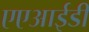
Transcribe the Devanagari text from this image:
एएआईडी